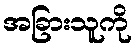
အခြားသူကို